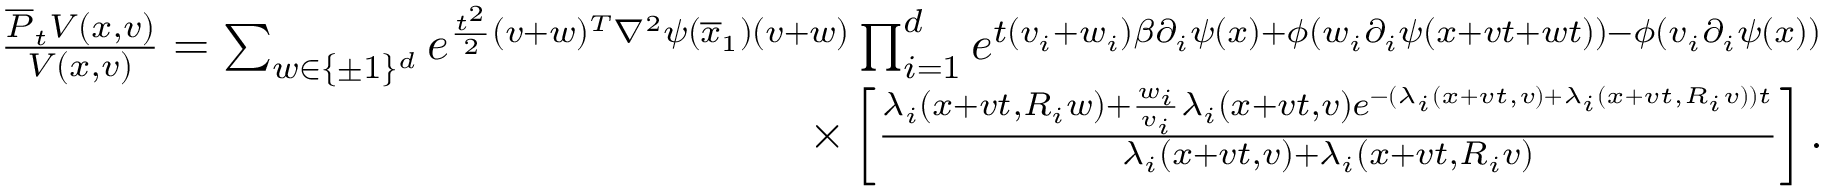
\begin{array} { r } { \frac { \overline { { P } } _ { t } V ( x , v ) } { V ( x , v ) } = \sum _ { w \in \{ \pm 1 \} ^ { d } } e ^ { \frac { t ^ { 2 } } { 2 } ( v + w ) ^ { T } \nabla ^ { 2 } \psi ( \overline { { x } } _ { 1 } ) ( v + w ) } \prod _ { i = 1 } ^ { d } e ^ { t ( v _ { i } + w _ { i } ) \beta \partial _ { i } \psi ( x ) + \phi ( w _ { i } \partial _ { i } \psi ( x + v t + w t ) ) - \phi ( v _ { i } \partial _ { i } \psi ( x ) ) } } \\ { \times \left[ \frac { \lambda _ { i } ( x + v t , R _ { i } w ) + \frac { w _ { i } } { v _ { i } } \lambda _ { i } ( x + v t , v ) e ^ { - ( \lambda _ { i } ( x + v t , v ) + \lambda _ { i } ( x + v t , R _ { i } v ) ) t } } { \lambda _ { i } ( x + v t , v ) + \lambda _ { i } ( x + v t , R _ { i } v ) } \right] . } \end{array}